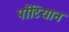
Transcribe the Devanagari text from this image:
पॉँटियान